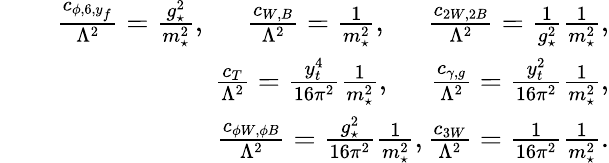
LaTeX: \begin{array}{rlr}&{}&{\frac{c_{\phi,6,y_{f}}}{\Lambda^{2}}=\frac{g_{\star}^{2}}{m_{\star}^{2}},\; \; \; \; \; \frac{c_{W,B}}{\Lambda^{2}}=\frac{1}{m_{\star}^{2}},\; \; \; \; \; \frac{c_{2W,2B}}{\Lambda^{2}}=\frac{1}{g_{\star}^{2}}\frac{1}{m_{\star}^{2}},}\\ &{}&{\frac{c_{T}}{\Lambda^{2}}=\frac{y_{t}^{4}}{16\pi^{2}}\frac{1}{m_{\star}^{2}},\; \; \; \; \; \frac{c_{\gamma,g}}{\Lambda^{2}}=\frac{y_{t}^{2}}{16\pi^{2}}\frac{1}{m_{\star}^{2}},}\\ &{}&{\frac{c_{\phi W,\phi B}}{\Lambda^{2}}=\frac{g_{\star}^{2}}{16\pi^{2}}\frac{1}{m_{\star}^{2}},\frac{c_{3W}}{\Lambda^{2}}=\frac{1}{16\pi^{2}}\frac{1}{m_{\star}^{2}}.}\end{array}